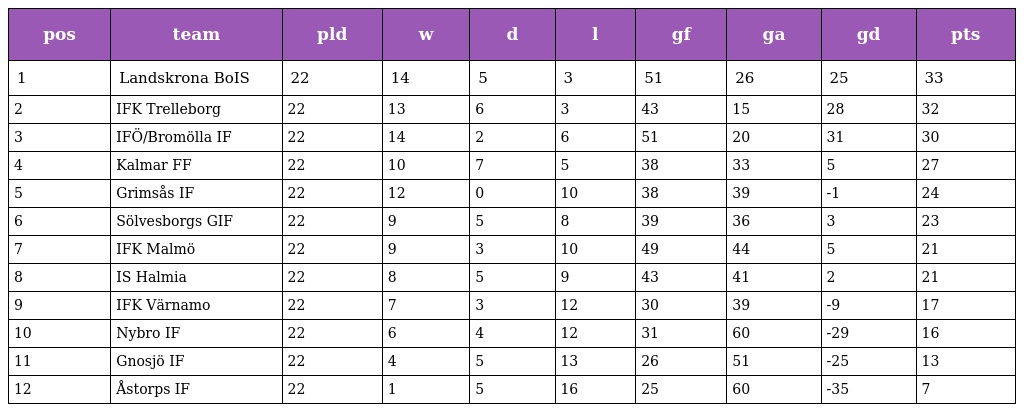
| pos | team | pld | w | d | l | gf | ga | gd | pts |
 | --- | --- | --- | --- | --- | --- | --- | --- | --- | --- |
 | 1 | Landskrona BoIS | 22 | 14 | 5 | 3 | 51 | 26 | 25 | 33 |
 | 2 | IFK Trelleborg | 22 | 13 | 6 | 3 | 43 | 15 | 28 | 32 |
 | 3 | IFÖ/Bromölla IF | 22 | 14 | 2 | 6 | 51 | 20 | 31 | 30 |
 | 4 | Kalmar FF | 22 | 10 | 7 | 5 | 38 | 33 | 5 | 27 |
 | 5 | Grimsås IF | 22 | 12 | 0 | 10 | 38 | 39 | -1 | 24 |
 | 6 | Sölvesborgs GIF | 22 | 9 | 5 | 8 | 39 | 36 | 3 | 23 |
 | 7 | IFK Malmö | 22 | 9 | 3 | 10 | 49 | 44 | 5 | 21 |
 | 8 | IS Halmia | 22 | 8 | 5 | 9 | 43 | 41 | 2 | 21 |
 | 9 | IFK Värnamo | 22 | 7 | 3 | 12 | 30 | 39 | -9 | 17 |
 | 10 | Nybro IF | 22 | 6 | 4 | 12 | 31 | 60 | -29 | 16 |
 | 11 | Gnosjö IF | 22 | 4 | 5 | 13 | 26 | 51 | -25 | 13 |
 | 12 | Åstorps IF | 22 | 1 | 5 | 16 | 25 | 60 | -35 | 7 |